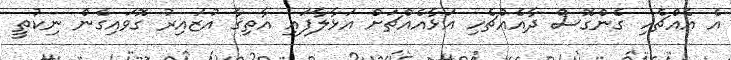
އެ އެއްޗެހި ގެންގޮސް ދާއެއްޗެހި އަޅާއެއްޗަށް އަޅާލާފައި އާތިޤާ އުޒައިރު ގޮވައިގެން ނިކުތީ